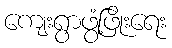
ကျေးရွာဖွံ့ဖြိုးရေး